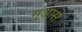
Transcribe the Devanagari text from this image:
गुआस